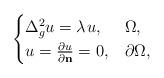
LaTeX: \begin{align*} \begin{cases} \Delta_{g}^2u=\lambda_{}u, & \Omega,\\ u=\frac{\partial u}{\partial \bf n}=0,& \partial \Omega, \end{cases} \end{align*}